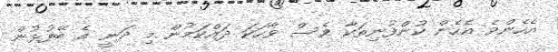
އެހެންވެ އެހެން ކުންފުނިތަކާ ވެސް ވާހަކަ ދައްކަމުން މި ދަނީ އެ ބޭފުޅުން